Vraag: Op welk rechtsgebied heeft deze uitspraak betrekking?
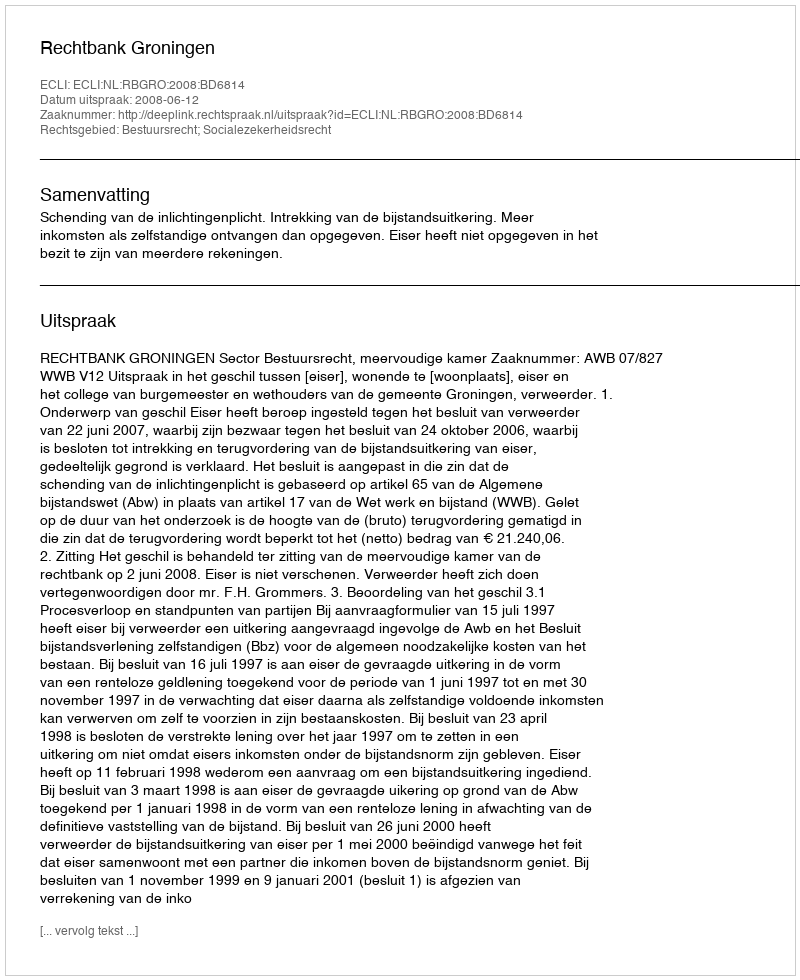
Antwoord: Bestuursrecht; Socialezekerheidsrecht